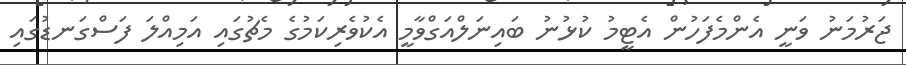
ޖަރުމަނު ވަނީ އެންމެފަހުން އެޓީމު ކުޅުނު ބައިނަލްއަގްވާމީ އެކުވެރިކަމުގެ މެޗުގައި އަމިއްލަ ފަސްގަނޑުގައި